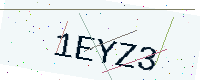
Text: 1EYZ3